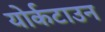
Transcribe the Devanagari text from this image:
योर्कटाउन